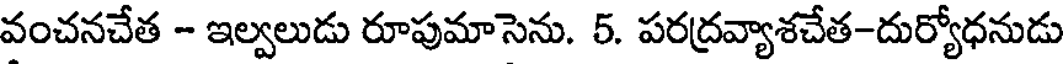
వంచనచేత - ఇల్వలుడు రూపుమాసెను. 5. పరద్రవ్యాశచేత-దుర్యోధనుడు